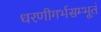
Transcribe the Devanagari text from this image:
धरणीगर्भसम्भूतं